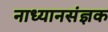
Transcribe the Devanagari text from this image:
नाध्यानसंज्ञक